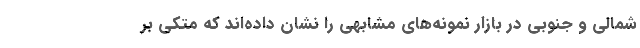
شمالی و جنوبی در بازار نمونه‌های مشابهی را نشان داده‌اند که متکی بر